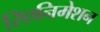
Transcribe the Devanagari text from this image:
रिएनिमेशन